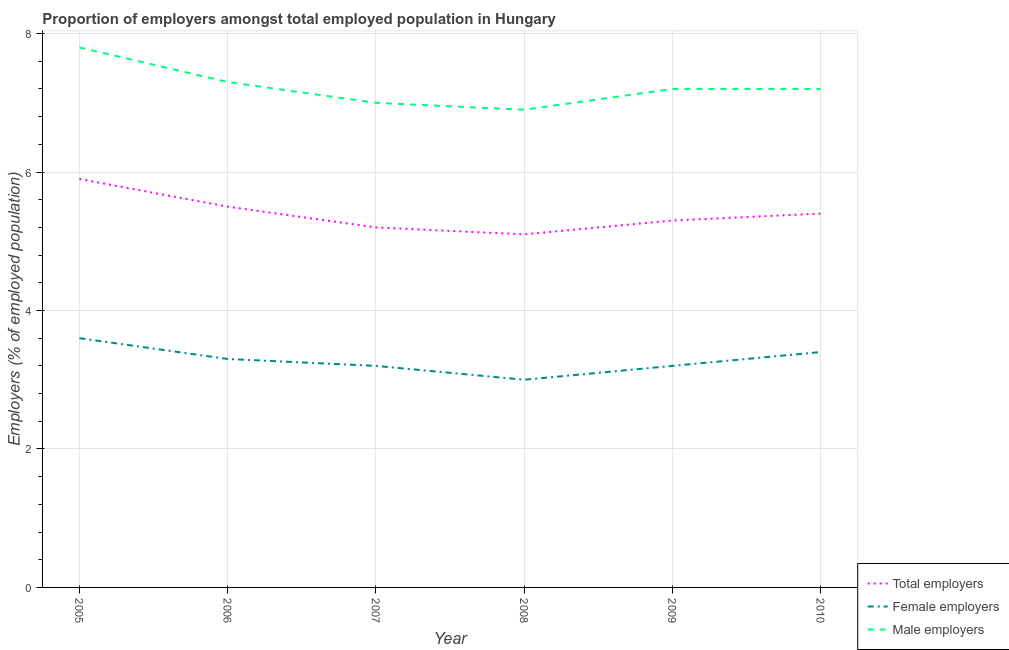
| Year | Total employers | Female employers | Male employers |
 | --- | --- | --- | --- |
 | 2005 | 5.9 | 3.6 | 7.8 |
 | 2006 | 5.5 | 3.3 | 7.3 |
 | 2007 | 5.2 | 3.2 | 7 |
 | 2008 | 5.1 | 3 | 6.9 |
 | 2009 | 5.3 | 3.2 | 7.2 |
 | 2010 | 5.4 | 3.4 | 7.2 |